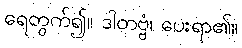
ရေတွက်၍။ ဒါတဗ္ဗံ၊ ပေးရာ၏။